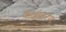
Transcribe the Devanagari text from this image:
कक्षांतरण